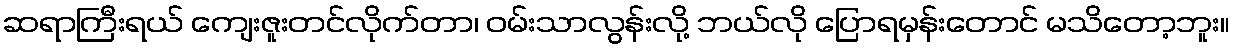
ဆရာကြီးရယ် ကျေးဇူးတင်လိုက်တာ၊ ဝမ်းသာလွန်းလို့ ဘယ်လို ပြောရမှန်းတောင် မသိတော့ဘူး။